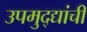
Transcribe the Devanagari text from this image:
उपमुद्द्यांची